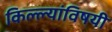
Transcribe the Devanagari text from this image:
किल्ल्यांविषयी